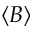
\langle B \rangle